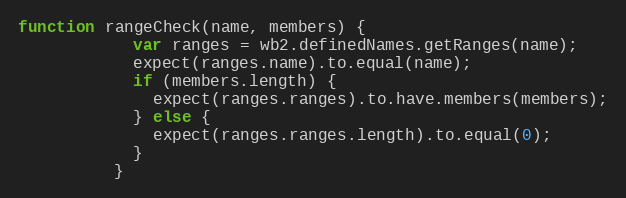
Language: JavaScript
function rangeCheck(name, members) {
            var ranges = wb2.definedNames.getRanges(name);
            expect(ranges.name).to.equal(name);
            if (members.length) {
              expect(ranges.ranges).to.have.members(members);
            } else {
              expect(ranges.ranges.length).to.equal(0);
            }
          }